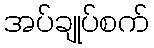
အပ်ချုပ်စက်